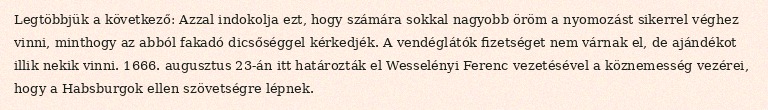
Legtöbbjük a következő: Azzal indokolja ezt, hogy számára sokkal nagyobb öröm a nyomozást sikerrel véghez vinni, minthogy az abból fakadó dicsőséggel kérkedjék. A vendéglátók fizetséget nem várnak el, de ajándékot illik nekik vinni. 1666. augusztus 23-án itt határozták el Wesselényi Ferenc vezetésével a köznemesség vezérei, hogy a Habsburgok ellen szövetségre lépnek.